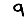
Digit: 9